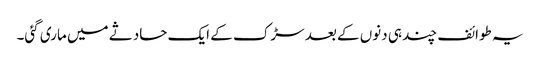
یہ طوائف چند ہی دنوں کے بعد سڑک کے ایک حادثے میں ماری گئی۔